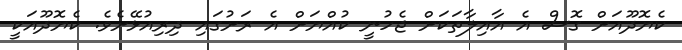
ކެޔޮދޫއަށް ގޮސް އެ އާއިލާތަކަށް ޖެހުނީ ކުއްޔަށް އެ ރަށުގައި ދިރިއުޅޭށެވެ. ކެޔޮދޫއަކީ